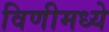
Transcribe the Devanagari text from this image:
विणीमध्ये